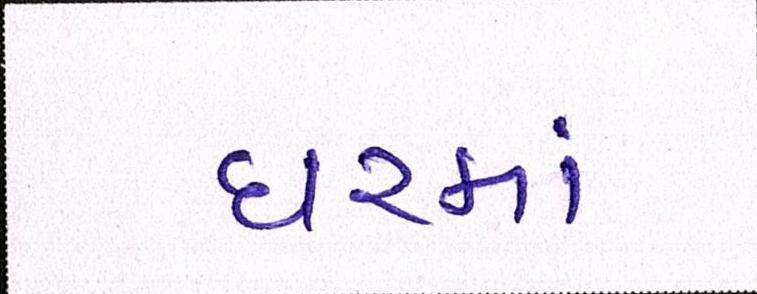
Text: ધરમાં